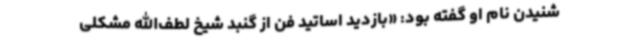
شنیدن نام او گفته بود: «بازدید اساتید فن از گنبد شیخ لطف‌الله مشکلی